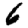
Digit: 6